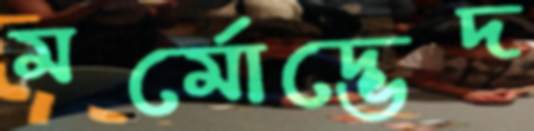
মর্মোদ্ভেদ